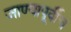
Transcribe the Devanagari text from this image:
जाण्यापूर्वीच